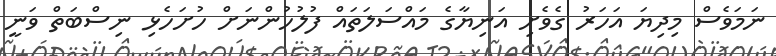
ނަމަވެސް މިދިޔަ އަހަރު ގެވެށި އަނިޔާގެ މައްސަލަތައް ފުލުހުންނަށް ހުށަހެޅި ނިސްބަތް ވަނީ